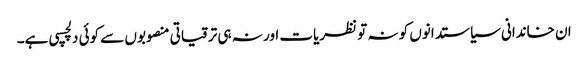
ان خاندانی سیاستدانوں کو نہ تو نظریات اور نہ ہی ترقیاتی منصوبوں سے کوئی دلچسپی ہے۔